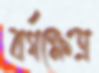
বর্গক্ষেত্র